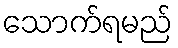
သောက်ရမည်